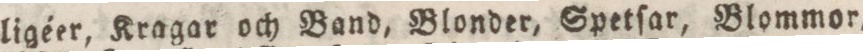
ligéer, Kragar och Band, Blonder, Spetſar, Blommor,